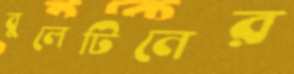
বুলেটিনের